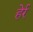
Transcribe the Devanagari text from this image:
हेर्र